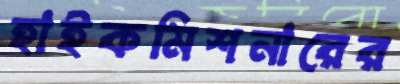
হাইকমিশনারের